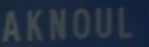
AKNOUL